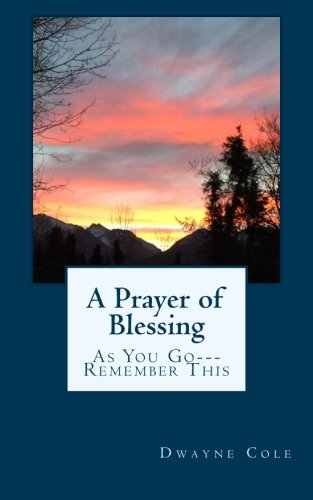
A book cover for A Prayer of Blessing; Dwayne Cole; Christian Books & Bibles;